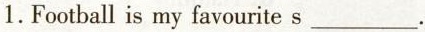
1.Football is my favourite s___.